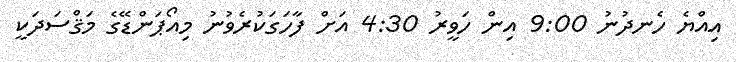
އިއްޔެ ހެނދުނު 9:00 އިން ހަވީރު 4:30 އަށް ފާހަގަކުރެވުނު މިއޯޕަންޑޭގެ މަޤްސަދަކީ